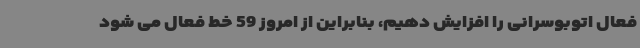
فعال اتوبوسرانی را افزایش دهیم، بنابراین از امروز 59 خط فعال می شود